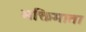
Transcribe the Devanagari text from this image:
भक्तिमाता